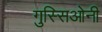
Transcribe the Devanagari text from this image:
गुस्सिओनी